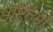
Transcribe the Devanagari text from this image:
षष्टितमो